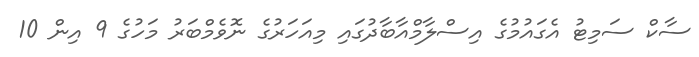
ސާކް ސަމިޓު އެގައުމުގެ އިސްލާމްއާބާދުގައި މިއަހަރުގެ ނޮވެމްބަރު މަހުގެ 9 އިން 10